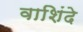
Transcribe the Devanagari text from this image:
वाशिंदे